Medical and sanitary report of the native army of Bengal for the year
Year: 1875
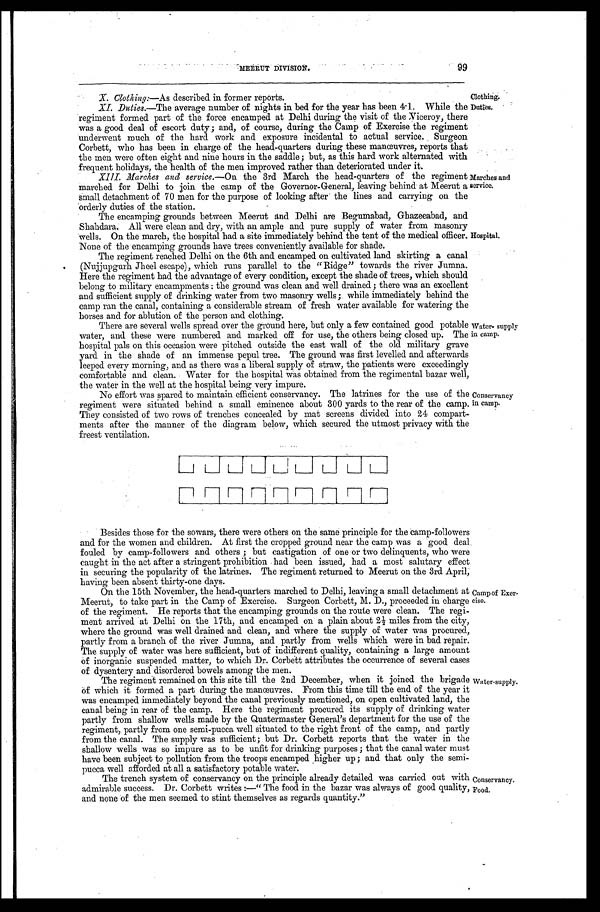
99
Clothing.
MEERUT DIVISION.
X. Clothing:—As described in former reports.
XI. Duties.—The average number of nights in bed for the year has been 4.1. While the
regiment formed part of the force encamped at Delhi during the visit of the Viceroy, there
was a good deal of escort duty; and, of course, during the Camp of Exercise the regiment
underwent much of the hard work and exposure incidental to actual service. Surgeon
Corbett, who has been in charge of the head-quarters during these manœuvres, reports that
the men were often eight and nine hours in the saddle; but, as this hard work alternated with
frequent holidays, the health of the men improved rather than deteriorated under it.
XIII. Marches and service.—On the 3rd March the head-quarters of the regiment
marched for Delhi to join the camp of the Governor-General, leaving behind at Meerut a
small detachment of 70 men for the purpose of looking after the lines and carrying on the
orderly duties of the station.
The encamping grounds between Meerut and Delhi are Begumabad, Ghazeeabad, and
Shahdara. All were clean and dry, with an ample and pure supply of water from masonry
wells. On the march, the hospital had a site immediately behind the tent of the medical officer.
None of the encamping grounds have trees conveniently available for shade.
The regiment reached Delhi on the 6th and encamped on cultivated land skirting a canal
(Nujjupgurh Jheel escape), which runs parallel to the "Ridge" towards the river Jumna.
Here the regiment had the advantage of every condition, except the shade of trees, which should
belong to military encampments: the ground was clean and well drained; there was an excellent
and sufficient supply of drinking water from two masonry wells; while immediately behind the
camp ran the canal, containing a considerable stream of fresh water available for watering the
h o r s e s a n d f o r a b u l t i o n o f t h e p e r s o n a n d c l o t h i n g .
There are several wells spread over the ground here, but only a few contained good potable
water, and. these were numbered and marked off for use, the others being closed up. The
hospital pals on this occasion were pitched outside the east wall of the old military grave
yard in the shade of an immense pepul tree. The ground was first levelled and afterwards
leeped every morning, and as there was a liberal supply of straw, the patients were exceedingly
comfortable and clean. Water for the hospital was obtained from the regimental bazar well;
the water in the well at the hospital being very impure.
Duties.
Marches and
service.
Hospital.
Water-supply
in camp.
No effort was spared to maintain efficient conservancy. The latrines for the use of the
regiment were situated behind a small eminence about 300 yards to the rear of the camp.
They consisted of two rows of trenches concealed by mat screens divided into 24 compart
-
ments after the manner of the diagram below, which secured the utmost privacy with the
freest ventilation.
Conservancy
in camp.
Besides those for the sowars, there were others on the same principle for the camp-followers
and for the women and children. At first the cropped ground near the camp was a good deal,
fouled by camp-followers and others; but castigation of one or two delinquents, who were
caught in the act after a stringent prohibition had been issued, had a most salutary effect
in securing the popularity of the latrines. The regiment returned to Meerut on the 3rd April
, h a v i n g b e e n a b s e n t t h i r t y - o n e d a y s .
O n t h e 1 5 t h N o v e m b e r , t h e h e a d - q u a r t e r s m a r c h e d t o D e l h i , l e a v i n g a s m a l l d e t a c h m e n t a t
Meerut, to take part in the Camp of Exercise. Surgeon Corbett, M. D., proceeded in charge
of the regiment. He reports that the encamping grounds on the route were clean. The regi
-
ment arrived at Delhi on the 17th, and encamped on a plain about 2½ miles from the city,
where the ground was well drained and clean, and where the supply of water was procured,
partly from a branch of the river Jumna, and partly from wells which were in bad repair.
The supply of water was here sufficient, but of indifferent quality, containing a large amount
of inorganic suspended matter, to which Dr. Corbett attributes the occurrence of several cases
of dysentery and disordered bowels among the men.
The regiment remained on this site till the 2nd December, when it joined the brigade
of which it formed a part during the manœuvres. From this time till the end of the year it
was encamped immediately beyond the canal previously mentioned, on open cultivated land, the
canal being in rear of the camp. Here the regiment procured its supply of drinking water
partly from shallow wells made by the Quatermaster General's department for the use of the
regiment, partly from one semi-pucca well situated to the right front of the camp, and partly
from the canal. The supply was sufficient; but Dr. Corbett reports that the water in the
shallow wells was so impure as to be unfit for drinking purposes; that the canal water must
have been subject to pollution from the troops encamped higher up; and that only the semi
-
pucca well afforded at all a satisfactory potable water.
The trench system of conservancy on the principle already detailed was carried out with
admirable success. Dr.Corbett writes:—"The food in the bazar was always of good quality,
and none of the men seemed to stint themselves as regards quantity."
Camp of Exer
-
cise.
Water-supply.
Conservancy.
Food.